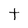
Character: t